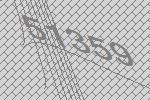
51359